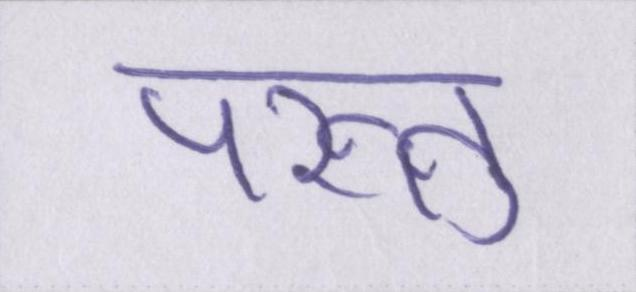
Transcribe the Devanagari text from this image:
परंन्तु